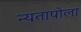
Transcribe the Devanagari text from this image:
न्यतापोला